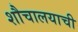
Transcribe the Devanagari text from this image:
शौचालयाची